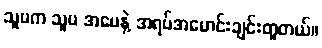
သူမက သူမ အမေနဲ့ အရပ်အမောင်းချင်းတူတယ်။